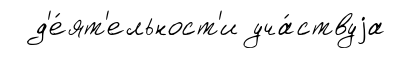
д'е́ят'ельност'и уча́ствуjа